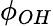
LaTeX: \phi_{OH}